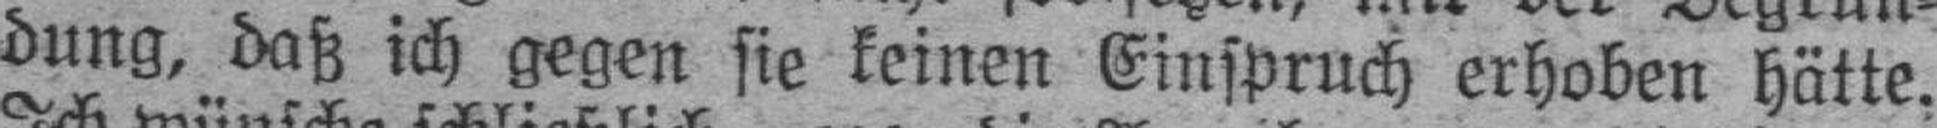
dung, daß ich gegen sie keinen Einspruch erhoben hätte.